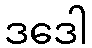
ဒဒေါ